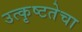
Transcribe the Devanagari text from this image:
उत्कृष्टतेचा